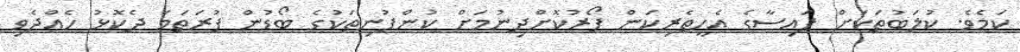
ކަމެވެ. ކުލަބުތަކަށް ފައިސާގެ އެހީތެރިކަން ފޯރުކޮށްދިނުމަށް ކުންފުނިތަކުގެ ބޯޑުން ފުރަތަމަ ދެކޮޅު ހެއްދެވި